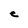
Character: e